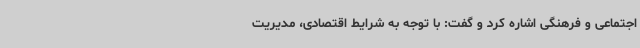
اجتماعی و فرهنگی اشاره کرد و گفت: با توجه به شرایط اقتصادی، مدیریت